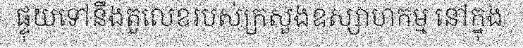
ផ្ទុយទៅនឹងតួលេខរបស់ក្រសួងឧស្សាហកម្ម នៅក្នុង